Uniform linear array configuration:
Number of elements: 48
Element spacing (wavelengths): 1
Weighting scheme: uniform
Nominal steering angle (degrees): -60
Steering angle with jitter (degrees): -61.976
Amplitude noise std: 0.05
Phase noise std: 0.05

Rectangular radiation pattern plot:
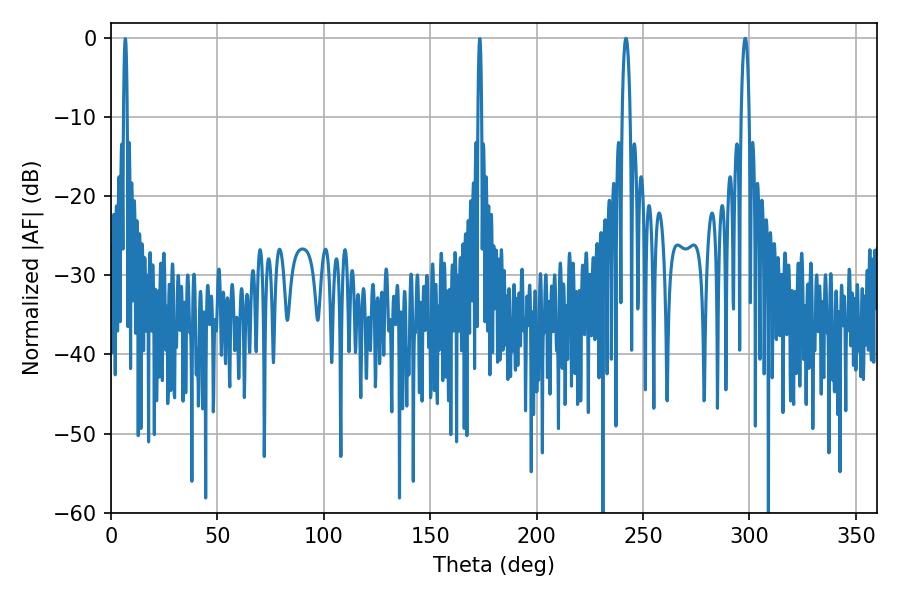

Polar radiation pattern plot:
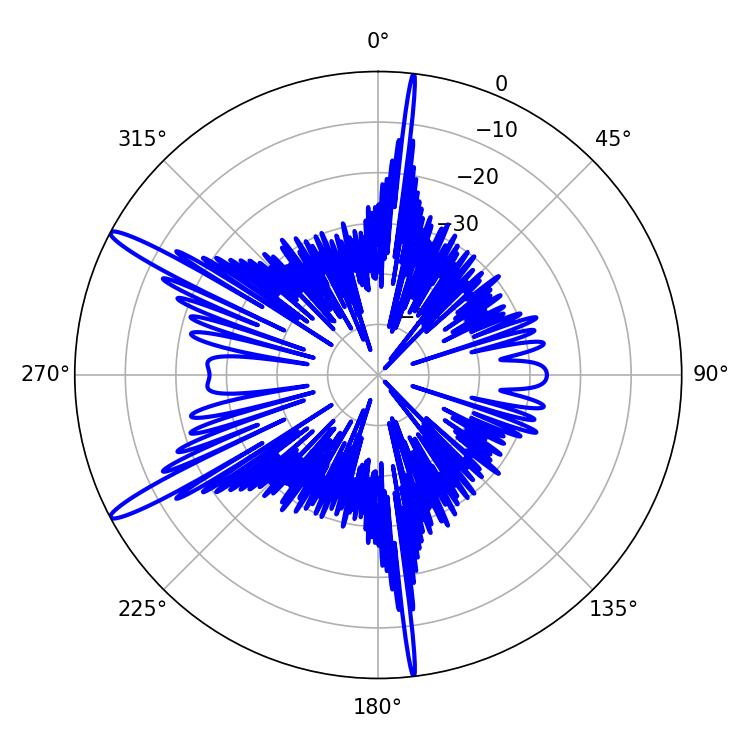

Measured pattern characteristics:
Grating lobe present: TRUE
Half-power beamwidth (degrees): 1.98
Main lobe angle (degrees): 241.92